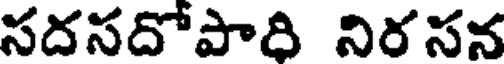
సదసదోపాది నిరసన